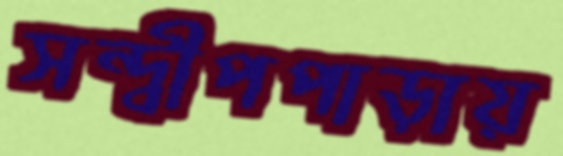
সন্দ্বীপপাড়ায়